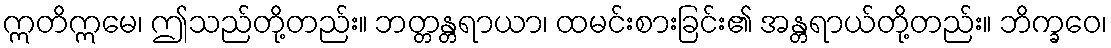
ဣတိဣမေ၊ ဤသည်တို့တည်း။ ဘတ္တန္တရာယာ၊ ထမင်းစားခြင်း၏ အန္တရာယ်တို့တည်း။ ဘိက္ခဝေ၊